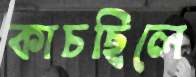
কাচছিলে